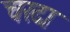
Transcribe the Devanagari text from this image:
चरदा